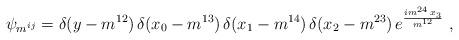
LaTeX: \begin{align*}\psi_{m^{ij}}=\delta(y-m^{12})\,\delta(x_0-m^{13})\,\delta(x_1-m^{14})\,\delta(x_2-m^{23})\,e^{\frac{im^{24}\,x_3}{m^{12}}}\ ,\end{align*}